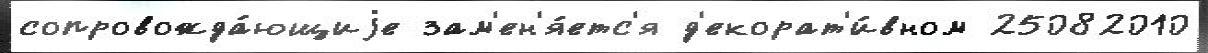
сопровожда́ющиjе зам'ен'я́етс'я д'екорат'и́вном 25082010